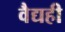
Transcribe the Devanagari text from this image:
वैद्यही